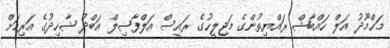
މަޙްމޫދު އަލް ހައްބާޝް ރައްޔިތުންގެ މަޖިލީހުގެ ރައީސް އަލްފާޟިލް ޢަބްދު ޝާހިދުގެ އަރިހަށް